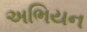
અભિયન